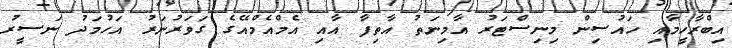
އިބްރާހީމާއި ހައުސިން މިނިސްޓަރު އާާމިނަތު އާތިފާ އާއި އެމްއެމްއޭގެ ގަވަރުނަރު އަހުމަދު ނަސީރު